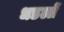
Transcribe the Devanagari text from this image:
धडल्लें